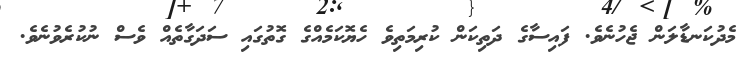
މެދުކަނޑާލަން ޖެހުނެވެ. ފައިސާގެ ދަތިކަން ކުރިމަތިވެ ހެޔޮކަމެއްގެ ގޮތުގައި ސަދަގާތެއް ވެސް ނުކުރެވުނެވެ.